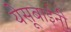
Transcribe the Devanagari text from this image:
येसूबाईनी